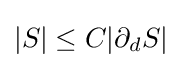
|S|\leq C|\partial _{d}S|